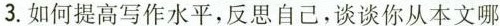
3.如何提高写作水平，反思自己，谈谈你从本文哪